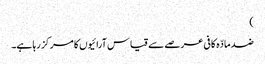
)
ضد مادّہ کافی عرصے سے قیاس آرائیوں کا مرکز رہا ہے۔